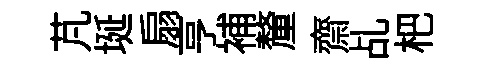
芃埏扇亨補釐齋乩杷